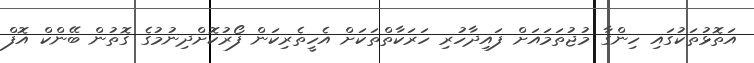
އަތޮޅުތަކުގައި ހިންގާ މުޖުތަމައަށް ފައިދާހުރި ހަރަކާތްތަކަށް އެހީތެރިކަން ފޯރުކޮށްދިނުމުގެ ގޮތުން ބޭންކް އޮފް